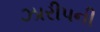
ઝારીપની